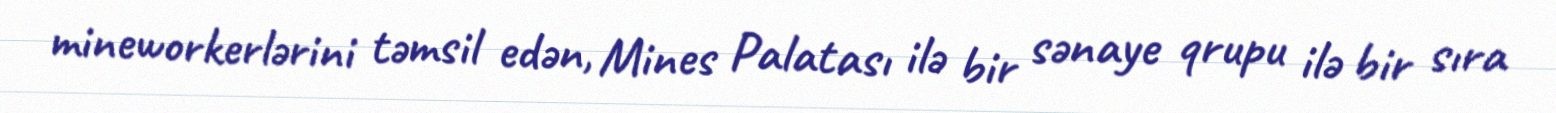
mineworkerlərini təmsil edən, Mines Palatası ilə bir sənaye qrupu ilə bir sıra